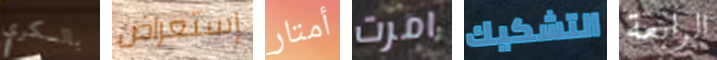
بالسكري إستعراض أمتار امرت التشكيك الرابعة